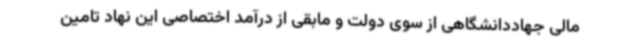
مالی جهاددانشگاهی از سوی دولت و مابقی از درآمد اختصاصی این نهاد تامین